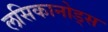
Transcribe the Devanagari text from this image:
लसिकानोड्स